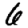
Digit: 6